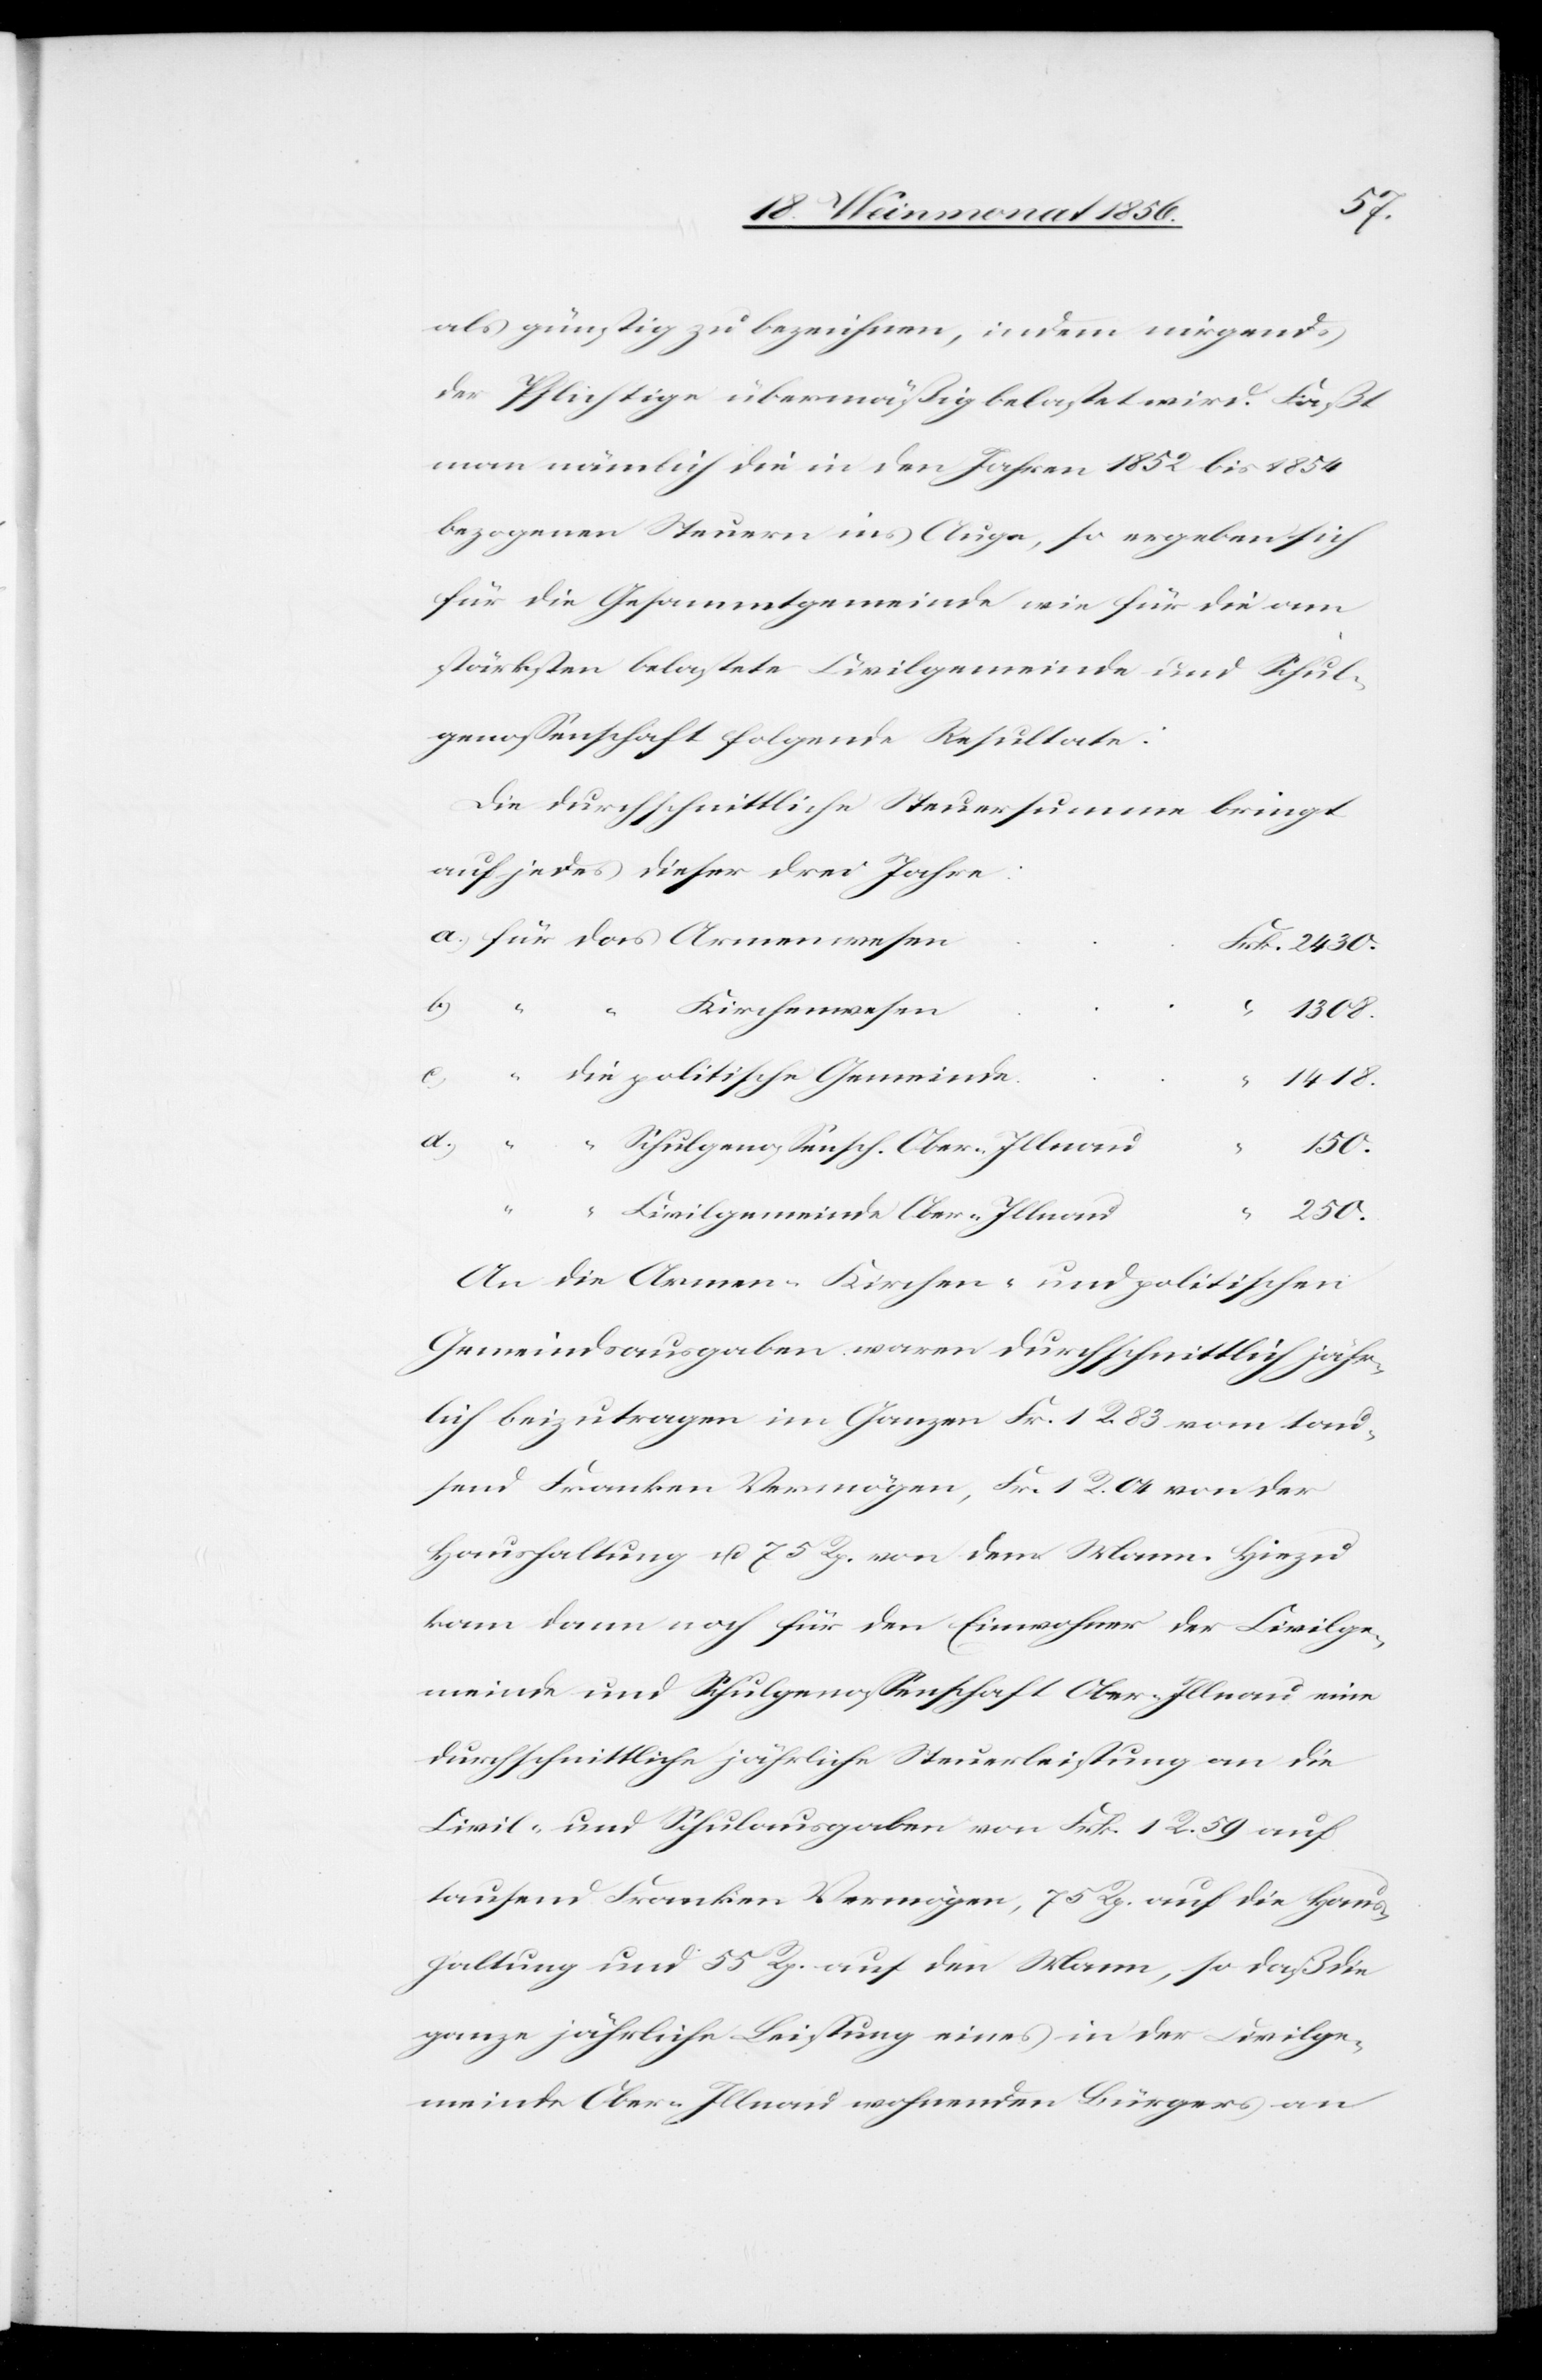
als günstig zu bezeichnen, indem nirgends
der Pflichtige übermäßig belastet wird. Faßt
man nämlich die in den Jahre 1852 bis 1854
bezogenen Steuern ins Auge, so ergeben sich
für die Gesammtgemeinde wie für die am
stärksten belastete Civilgemeinde und Schul¬
genossenschaft folgende Resultate:
Die durchschnittliche Steuersumme bringt
auf jedes dieser drei Jahre:
b.)
Kirchenwesen
politi¬
d.)
Schulgenossensch. Ober-Illnau
150.
Civilgemeinde Ober-Illnau
250.
“
An die Armen-[,] Kirchen- und politischen
Gemeindsausgaben waren durchschnittlich jähr¬
lich beizutragen im Ganzen Fr. 1 R. 83 vom tau¬
send Franken Vermögen, Fr. 1. R. 04 von der
Haushaltung u. 75 Rp. von dem Mann. Hiezu
kann dann noch für den Einwohner der Civilge¬
meinde und Schulgenossenschaft Ober-Illnau eine
durchschnittliche jährliche Steuerleistung an die
Civil- und Schulausgaben von Frk. 1 R. 59 auf
tausend Franken Vermögen, 75 Rp. auf die Haus¬
haltung und 55 Rp. auf den Mann, so daß die
ganze jährliche Leistung eines in der Civilge¬
meinde Ober-Illnau wohnenden Bürgers an